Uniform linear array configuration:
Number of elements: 12
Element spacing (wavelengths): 0.5
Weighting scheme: blackman
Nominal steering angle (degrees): -45
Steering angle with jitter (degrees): -45.238
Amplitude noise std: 0.05
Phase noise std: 0.05

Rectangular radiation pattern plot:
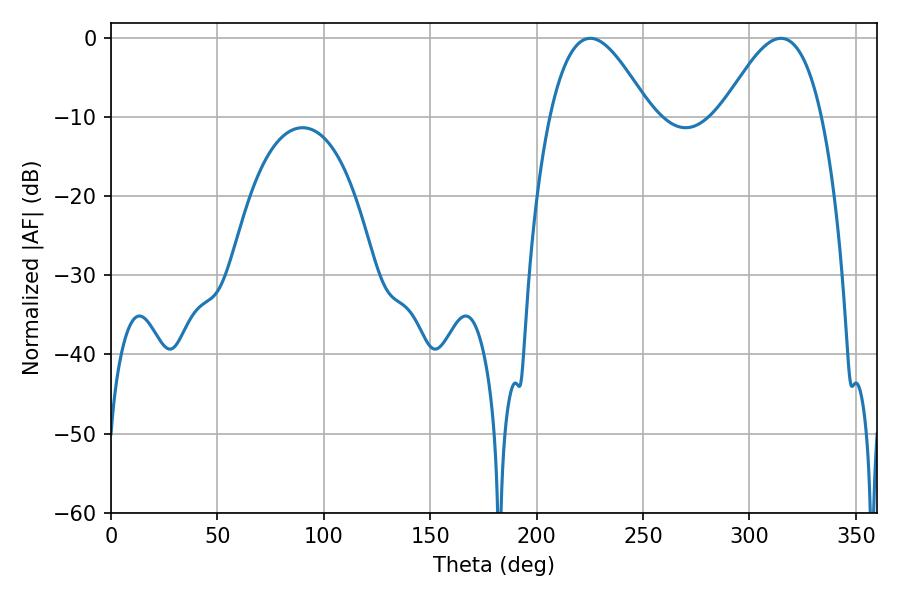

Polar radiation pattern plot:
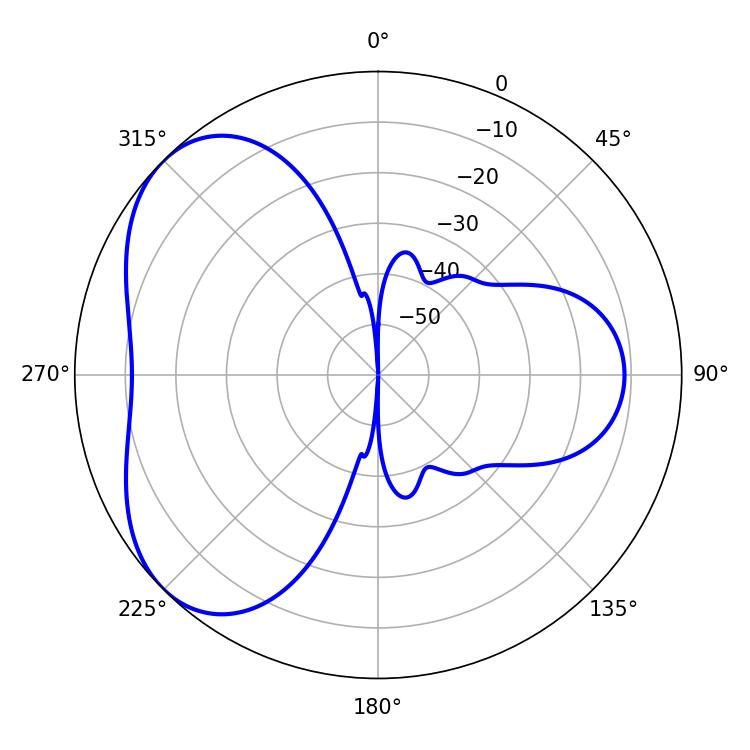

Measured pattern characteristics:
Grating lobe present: FALSE
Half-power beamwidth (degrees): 25.38
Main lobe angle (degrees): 314.82